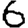
Digit: 6